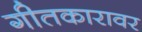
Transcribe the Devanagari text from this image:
गीतकारावर